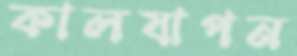
কালযাপন